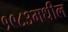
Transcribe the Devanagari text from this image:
१९८३मधील